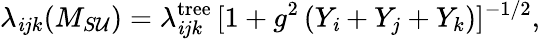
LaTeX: \lambda_{\mathit{i}jk}(M_{S\mathcal{U}})=\lambda_{\mathit{i}jk}^{\mathrm{{tree}}}\, [1+g^{2}\, (Y_{\mathit{i}}+Y_{j}+Y_{k})]^{-1/2},